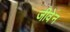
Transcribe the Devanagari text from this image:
जीवेन